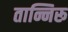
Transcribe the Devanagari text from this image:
तान्निरू